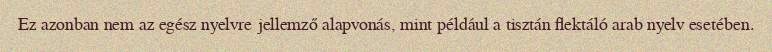
Ez azonban nem az egész nyelvre jellemző alapvonás, mint például a tisztán flektáló arab nyelv esetében.